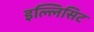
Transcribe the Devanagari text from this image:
इल्लिसिट